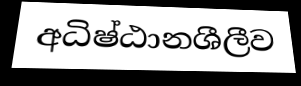
අධිෂ්ඨානශීලීව